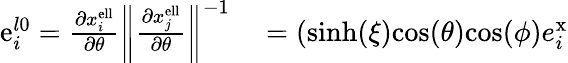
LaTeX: \begin{array}{rl}{\mathrm{e}_{i}^{l\mathrm{0}}=\frac{\partial x_{i}^{\mathrm{ell}}}{\partial\theta}\left\| \frac{\partial x_{j}^{\mathrm{ell}}}{\partial\theta}\right\| ^{-1}}&{{}=\left(\mathrm{sinh}(\xi)\mathrm{cos}(\theta)\mathrm{cos}(\phi)e_{i}^{\mathrm{x}}\right.}\end{array}